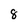
Character: 8